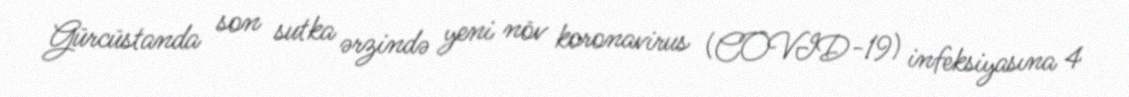
Gürcüstanda son sutka ərzində yeni növ koronavirus (COVID-19) infeksiyasına 4